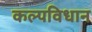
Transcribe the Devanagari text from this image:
कल्पविधान